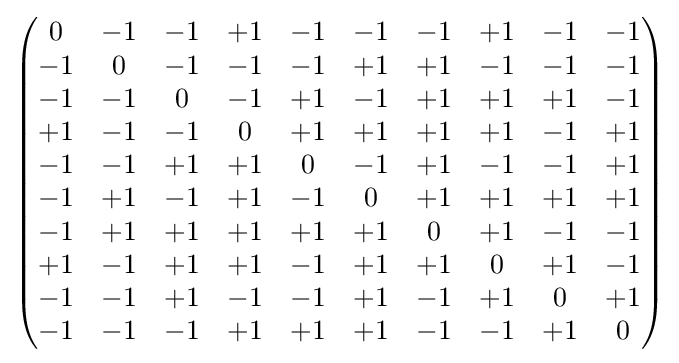
{\begin{pmatrix}0&-1&-1&+1&-1&-1&-1&+1&-1&-1\\-1&0&-1&-1&-1&+1&+1&-1&-1&-1\\-1&-1&0&-1&+1&-1&+1&+1&+1&-1\\+1&-1&-1&0&+1&+1&+1&+1&-1&+1\\-1&-1&+1&+1&0&-1&+1&-1&-1&+1\\-1&+1&-1&+1&-1&0&+1&+1&+1&+1\\-1&+1&+1&+1&+1&+1&0&+1&-1&-1\\+1&-1&+1&+1&-1&+1&+1&0&+1&-1\\-1&-1&+1&-1&-1&+1&-1&+1&0&+1\\-1&-1&-1&+1&+1&+1&-1&-1&+1&0\end{pmatrix}}